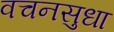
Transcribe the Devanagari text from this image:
वचनसुधा